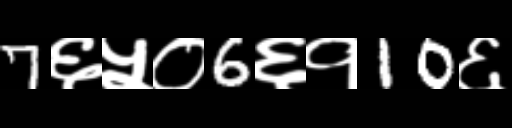
Text: 7६५०6६१10६